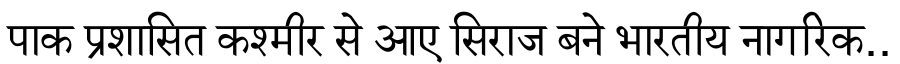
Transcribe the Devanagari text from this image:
पाक प्रशासित कश्मीर से आए सिराज बने भारतीय नागरिक..